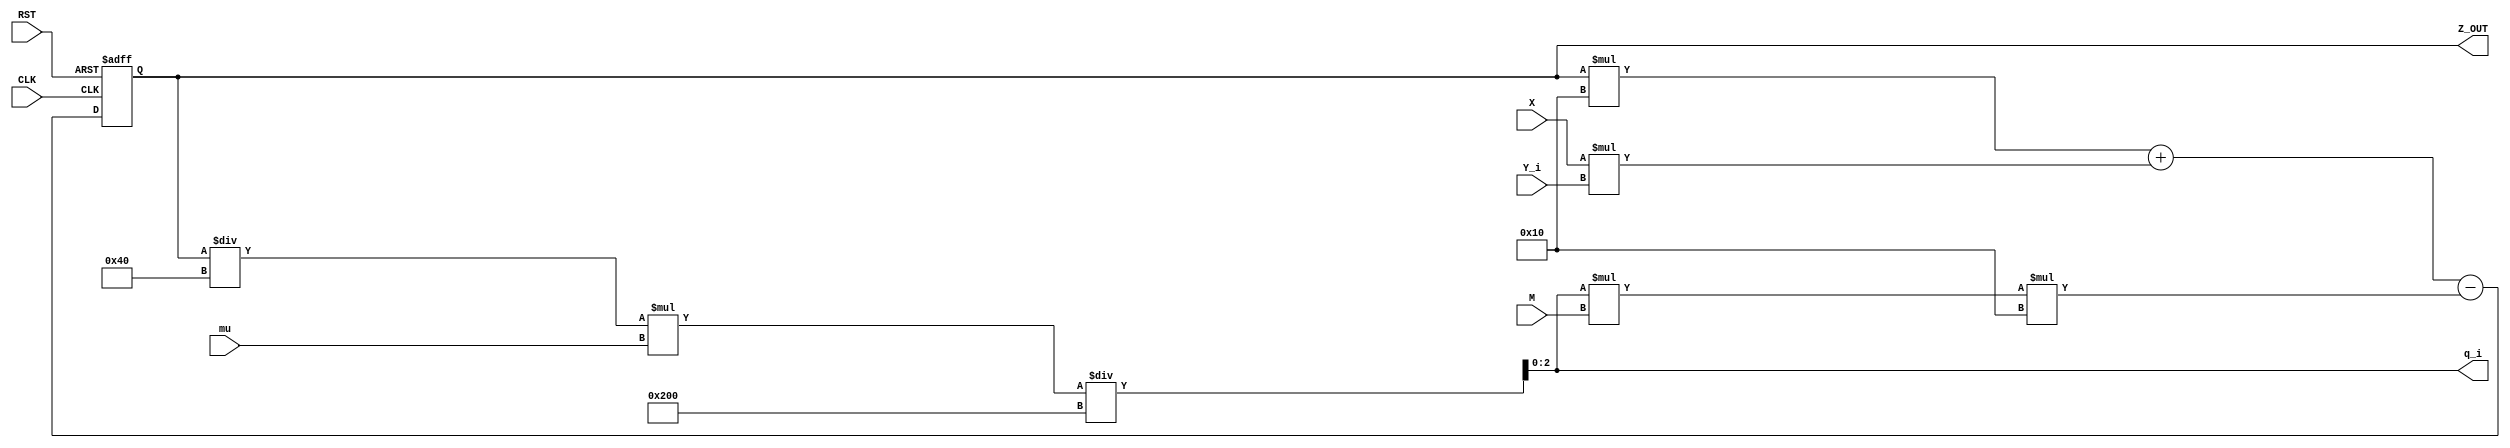
module Barrett_2_reg (CLK,RST,X,Y_i,M,mu,Z_OUT,q_i);
   parameter n = 8;
   parameter m = 4;

   input CLK, RST;
   input [n-1:0] X;
   input [m-1:0] Y_i;
   input [n-1:0] M;
   input [m+6:0] mu;
   output [2*n-1:0] Z_OUT;
   output [2:0] q_i;

   wire [2:0] q_i;
   wire [2*n-1:0] Z_IN;
   wire [2*n-1:0] Z_OUT_wire;
   reg [2*n-1:0] Z_OUT;

   assign Z_IN = Z_OUT;
   assign q_i = ((Z_IN/(2**(n-2))) * mu) / (2**(m+5));
   assign Z_OUT_wire = Z_IN * (2**m) + X*Y_i - q_i*M*(2**m);
   
   always@(posedge CLK, negedge RST) begin
      if (!RST) begin
         Z_OUT <= 0;
      end
      else begin
         Z_OUT <= Z_OUT_wire;
      end
   end
endmodule